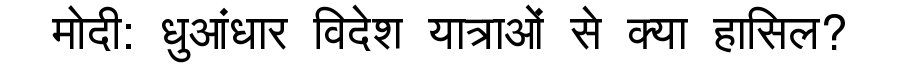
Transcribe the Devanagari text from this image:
मोदी: धुआंधार विदेश यात्राओं से क्या हासिल?